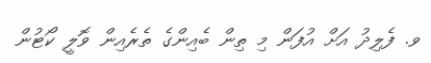
ވ. ފެލިދު އަށް އުފަން މި ތިން ބެއިންގެ ތެރެއިން ވޮލީ ކޯޓުން